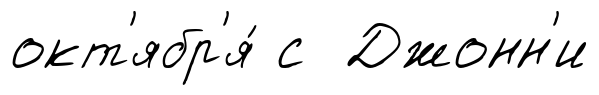
окт'ябр'я́ с Джонн'и